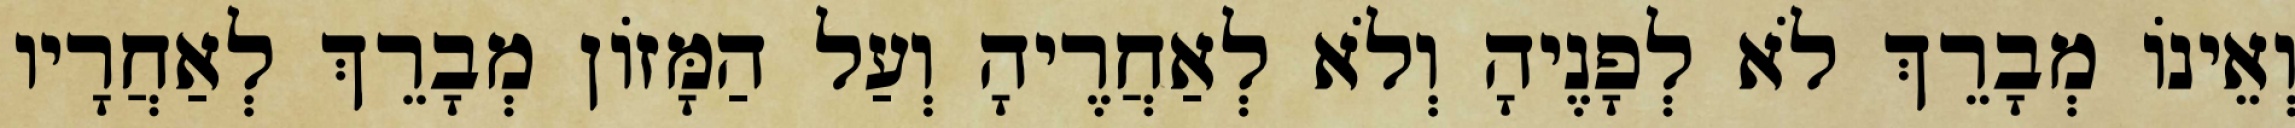
וְאֵינוֹ מְבָרֵךְ לֹא לְפָנֶיהָ וְלֹא לְאַחֲרֶיהָ וְעַל הַמָּזוֹן מְבָרֵךְ לְאַחֲרָיו